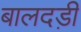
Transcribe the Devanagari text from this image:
बालदड़ी